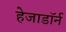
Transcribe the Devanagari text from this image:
हेजाडॉर्न